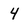
Character: 4